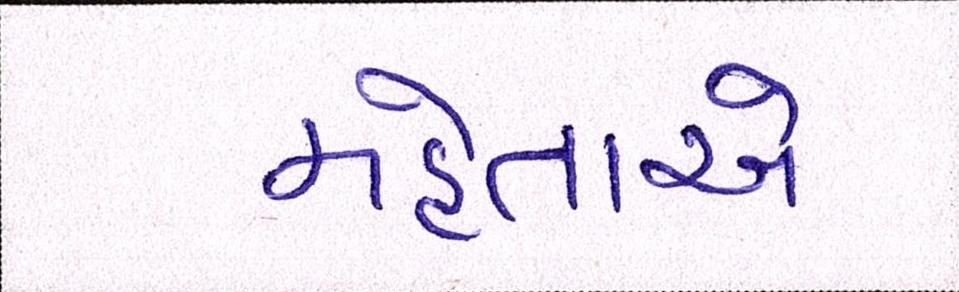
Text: મહેતાએ